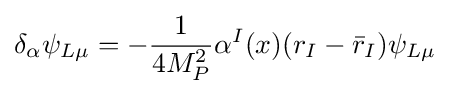
\delta _{\alpha }\psi _{L\mu }=-{\frac {1}{4M_{P}^{2}}}\alpha ^{I}(x)(r_{I}-{\bar {r}}_{I})\psi _{L\mu }